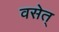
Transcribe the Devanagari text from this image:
वसेत्